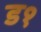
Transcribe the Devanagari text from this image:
ड१